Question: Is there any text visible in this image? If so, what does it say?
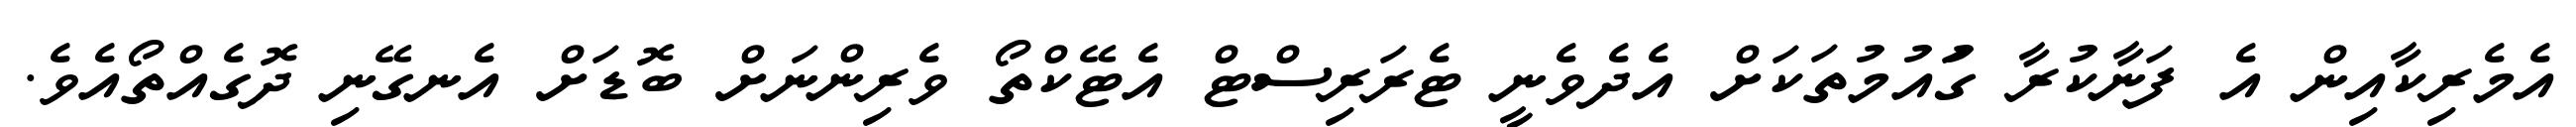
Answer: އެމެރިކާއިން އެ ފަނާކުރާ ގަުއުމުތަކަށް އެދެވެނީ ޓެރަރިސްޓް އެޓޭކްތޯ ވެރިންނަށް ބޮޑަށް އެނގޭނި ދޮގެއްތޯއެވެ.